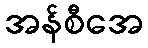
အန်စီအေ